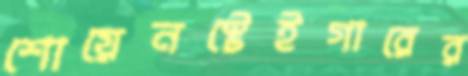
শোয়েনস্টেইগারের